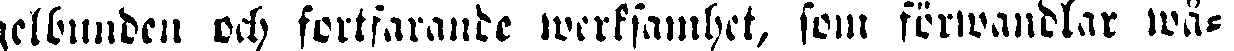
gelbunden och fortfarande werksamhet, som förwandlar wä-